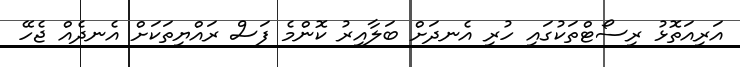
އަރިއަތޮޅު ރިސޯޓްތަކުގައި ހުރި އެނދަށް ބަލާއިރު ކޮންމެ ފަސް ރައްޔިތަކަށް އެނދެއް ޖެހޭ